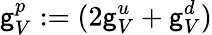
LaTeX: \mathsf{g}_{V}^{p}:=(2\mathsf{g}_{V}^{u}+\mathsf{g}_{V}^{d})